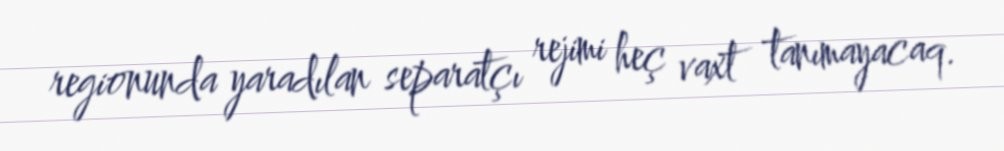
regionunda yaradılan separatçı rejimi heç vaxt tanımayacaq.